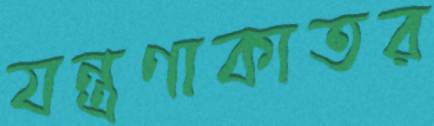
যন্ত্রণাকাতর